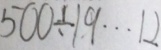
5 0 0 \div 1 9 \cdots 1 2